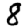
Digit: 8